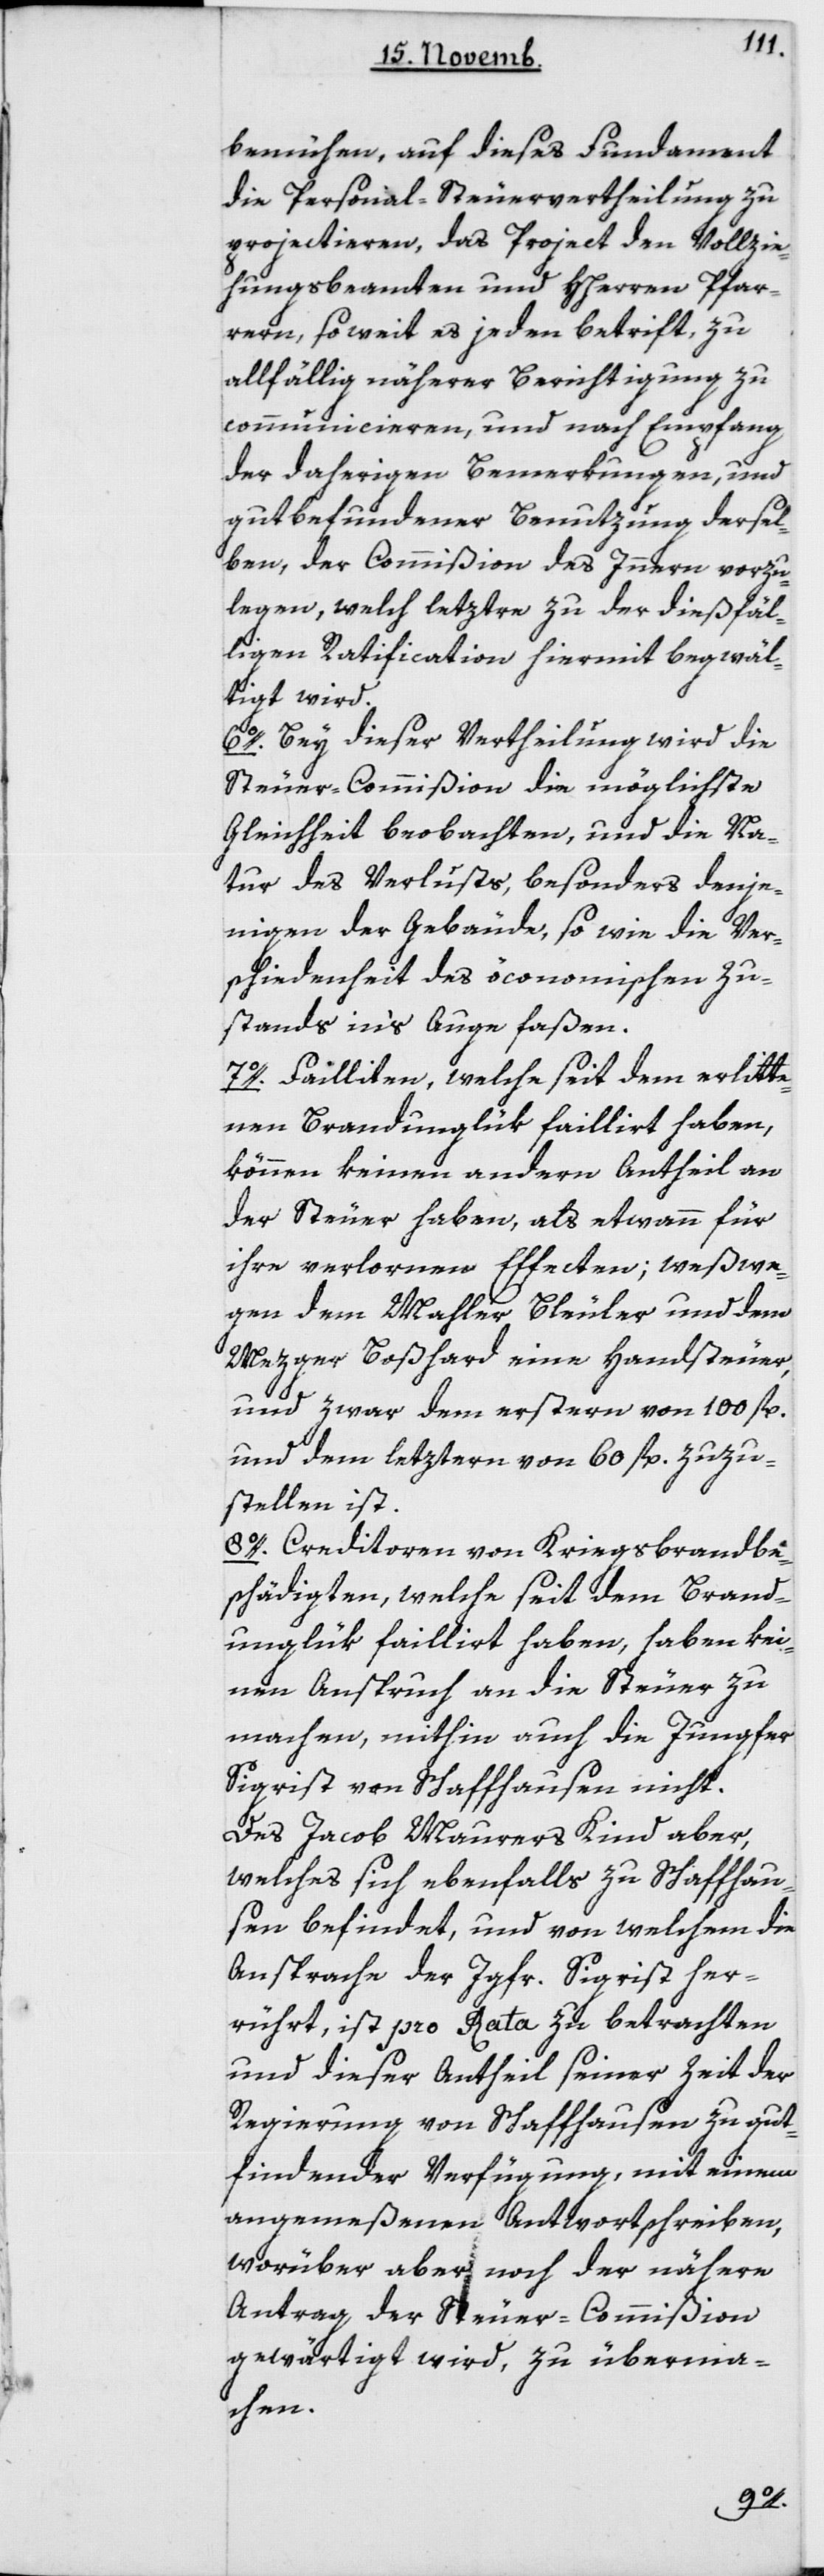
bemühen, auf dieses Fundament
die Personal-Steuervertheilung zu
projectieren, das Project den Vollzie¬
hungsbeamten und HHerren Pfar¬
rern, so weit es jeden betrifft, zu
allfällig näherer Berichtigung zu
communicieren, und nach Empfang
der daherigen Bemerkungen, und
gutbefundener Benutzung dersel¬
ben, der Commißion des Innern vorzu¬
legen, welch letztre zu der dießfäl¬
ligen Ratification hiermit begwäl¬
tigt wird.
6o. Bey dieser Vertheilung wird die
Steuer-Commißion die möglichste
Gleichheit beobachten, und die Na¬
tur des Verlusts, besonders denje¬
nigen der Gebäude sowie die Ver¬
schiedenheit des öconomischen Zu¬
stands in’s Auge faßen.
7o. Failliten, welche seit dem erlitte¬
nen Brandunglük faillirt haben,
können keinen andern Antheil an
der Steuer haben, als etwann für
ihre verlornen Effecten; weswe¬
gen dem Mahler Bleuler und dem
Mezger Boßhard eine Handsteuer,
und zwar dem ersteren von 100 fl.
und dem letztern von 60 fl. zuzu¬
stellen ist.
8o. Creditoren von Kriegsbrandbe¬
schädigten, welche seit dem Brand¬
unglük faillirt haben, haben kei¬
nen Anspruch an die Steuer zu
machen, mithin auch die Jungfer
Sigrist von Schaffhausen nicht.
Des Jacob Maurers Kind aber,
welches sich ebenfalls zu Schaffhau¬
sen befindet, und von welchem die
Ansprache der Jgfr. Sigrist her¬
rührt, ist pro Rata zu betrachten
und dieser Anhtheil seiner Zeit der
Regierung von Schaffhausen zu gut
findender Verfügung, mit einem
angemeßenen Antwortschreiben,
worüber aber noch der nähere
Antrag der Steuer-Commißion
gewärtigt wird, zu überma¬
chen.